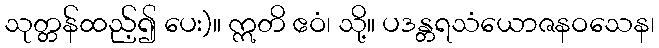
သုတ္တန်ထည့်၍ ပေး)။ ဣတိ ဧဝံ၊ သို့။ ပဒန္တရသံယောဇနဝသေန၊